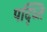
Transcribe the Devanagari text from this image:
पद्ध्‍ति